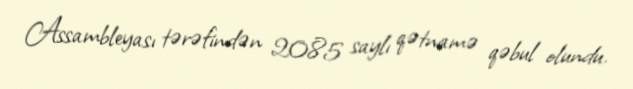
Assambleyası tərəfindən 2085 saylı qətnamə qəbul olundu.